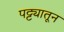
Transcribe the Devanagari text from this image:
पट्ट्यातून